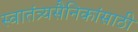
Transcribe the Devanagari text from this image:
स्वातंत्र्यसैनिकांसाठी